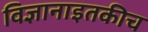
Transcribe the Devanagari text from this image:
विज्ञानाइतकीच